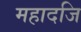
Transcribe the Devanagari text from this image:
महादजि